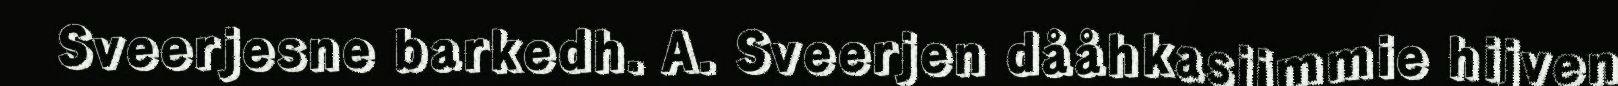
Sveerjesne barkedh. A. Sveerjen dååhkasjimmie hijven